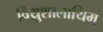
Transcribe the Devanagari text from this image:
विय्रुशालायिम